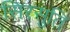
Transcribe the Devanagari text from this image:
सिरसुति